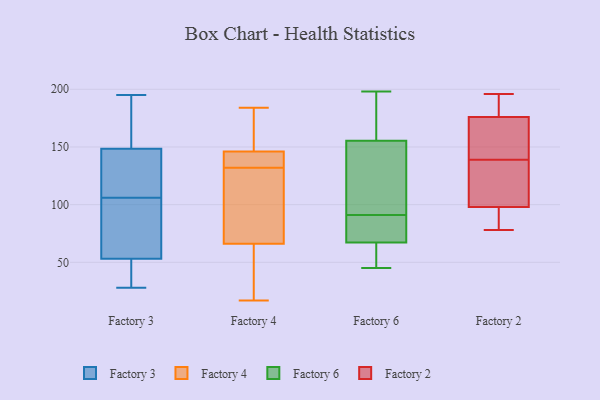
{"axis": {"x": "Population (Million)", "y": "Value"}, "legend": ["Factory 2", "Factory 3", "Factory 4", "Factory 6"], "data": [{"x": "", "y": 30, "type": "Factory 3"}, {"x": "", "y": 94, "type": "Factory 3"}, {"x": "", "y": 108, "type": "Factory 3"}, {"x": "", "y": 193, "type": "Factory 3"}, {"x": "", "y": 155, "type": "Factory 3"}, {"x": "", "y": 67, "type": "Factory 3"}, {"x": "", "y": 142, "type": "Factory 3"}, {"x": "", "y": 133, "type": "Factory 3"}, {"x": "", "y": 39, "type": "Factory 3"}, {"x": "", "y": 28, "type": "Factory 3"}, {"x": "", "y": 139, "type": "Factory 3"}, {"x": "", "y": 104, "type": "Factory 3"}, {"x": "", "y": 68, "type": "Factory 3"}, {"x": "", "y": 34, "type": "Factory 3"}, {"x": "", "y": 165, "type": "Factory 3"}, {"x": "", "y": 195, "type": "Factory 3"}, {"x": "", "y": 38, "type": "Factory 4"}, {"x": "", "y": 95, "type": "Factory 4"}, {"x": "", "y": 131, "type": "Factory 4"}, {"x": "", "y": 141, "type": "Factory 4"}, {"x": "", "y": 17, "type": "Factory 4"}, {"x": "", "y": 180, "type": "Factory 4"}, {"x": "", "y": 133, "type": "Factory 4"}, {"x": "", "y": 141, "type": "Factory 4"}, {"x": "", "y": 118, "type": "Factory 4"}, {"x": "", "y": 66, "type": "Factory 4"}, {"x": "", "y": 155, "type": "Factory 4"}, {"x": "", "y": 116, "type": "Factory 4"}, {"x": "", "y": 146, "type": "Factory 4"}, {"x": "", "y": 37, "type": "Factory 4"}, {"x": "", "y": 148, "type": "Factory 4"}, {"x": "", "y": 18, "type": "Factory 4"}, {"x": "", "y": 145, "type": "Factory 4"}, {"x": "", "y": 184, "type": "Factory 4"}, {"x": "", "y": 62, "type": "Factory 6"}, {"x": "", "y": 91, "type": "Factory 6"}, {"x": "", "y": 74, "type": "Factory 6"}, {"x": "", "y": 75, "type": "Factory 6"}, {"x": "", "y": 107, "type": "Factory 6"}, {"x": "", "y": 168, "type": "Factory 6"}, {"x": "", "y": 65, "type": "Factory 6"}, {"x": "", "y": 160, "type": "Factory 6"}, {"x": "", "y": 45, "type": "Factory 6"}, {"x": "", "y": 197, "type": "Factory 6"}, {"x": "", "y": 198, "type": "Factory 6"}, {"x": "", "y": 128, "type": "Factory 6"}, {"x": "", "y": 142, "type": "Factory 6"}, {"x": "", "y": 62, "type": "Factory 6"}, {"x": "", "y": 135, "type": "Factory 6"}, {"x": "", "y": 196, "type": "Factory 6"}, {"x": "", "y": 78, "type": "Factory 6"}, {"x": "", "y": 76, "type": "Factory 6"}, {"x": "", "y": 65, "type": "Factory 6"}, {"x": "", "y": 187, "type": "Factory 2"}, {"x": "", "y": 78, "type": "Factory 2"}, {"x": "", "y": 167, "type": "Factory 2"}, {"x": "", "y": 104, "type": "Factory 2"}, {"x": "", "y": 124, "type": "Factory 2"}, {"x": "", "y": 95, "type": "Factory 2"}, {"x": "", "y": 176, "type": "Factory 2"}, {"x": "", "y": 185, "type": "Factory 2"}, {"x": "", "y": 98, "type": "Factory 2"}, {"x": "", "y": 154, "type": "Factory 2"}, {"x": "", "y": 97, "type": "Factory 2"}, {"x": "", "y": 110, "type": "Factory 2"}, {"x": "", "y": 158, "type": "Factory 2"}, {"x": "", "y": 196, "type": "Factory 2"}]}